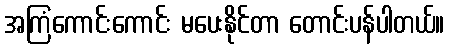
အကြံကောင်းကောင်း မပေးနိုင်တာ တောင်းပန်ပါတယ်။